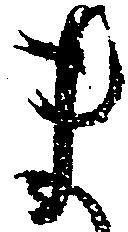
ま